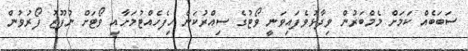
ސަބަބެއް ކަމަށް މެމްބަރުން ވިދާޅުވެފައިވަނީ ވޯޓުގެ ސިއްރުކަން ހިފެހެއްޓުމަށާއި ވޯޓަށް ނުފޫޒު ފޯރުވުން